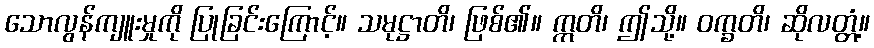
သောလွန်ကျူးမှုကို ပြုခြင်းကြောင့်။ သမုဋ္ဌာတိ၊ ဖြစ်၏။ ဣတိ၊ ဤသို့။ ဝက္ခတိ၊ ဆိုလတ္တံ့။